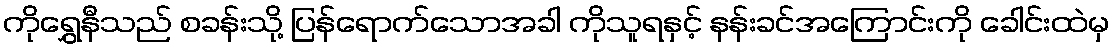
ကိုရွှေနီသည် စခန်းသို့ ပြန်ရောက်သောအခါ ကိုသူရနှင့် နန်းခင်အကြောင်းကို ခေါင်းထဲမှ